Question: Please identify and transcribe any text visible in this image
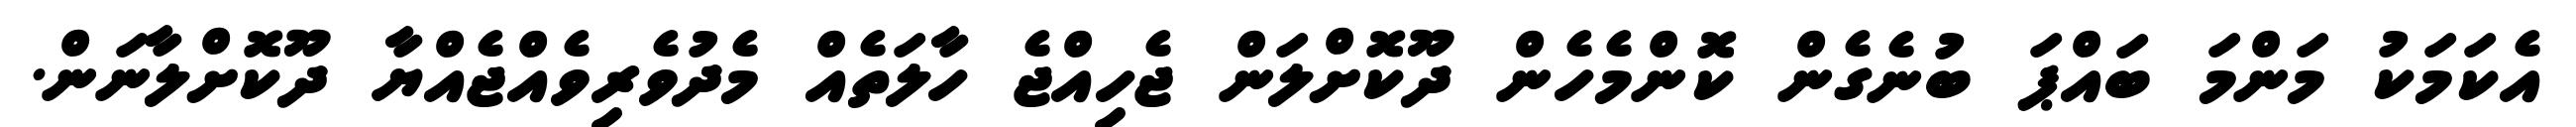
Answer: އެކަމަކު މަންމަ ބައްޕަ ބުނެގެން ކޮންމެހެން ދޫކޮށްލަން ޖެހިއްޖެ ހާލަތެއް މެދުވެރިވެއްޖެއްޔާ ދޫކޮށްލާނަން.